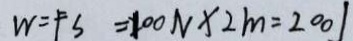
W = F S = 1 0 0 N \times 2 m = 2 0 0 J